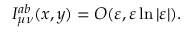
I _ { \mu \nu } ^ { a b } ( x , y ) = { \cal O } ( \varepsilon , \varepsilon \ln | \varepsilon | ) .